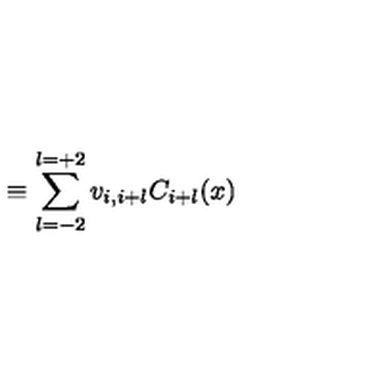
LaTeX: \equiv \sum _ { l = - 2 } ^ { l = + 2 } v _ { i , i + l } C _ { i + l } ( x )